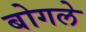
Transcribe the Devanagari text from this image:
बोगले